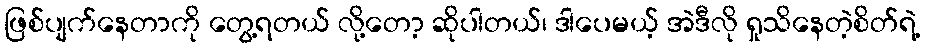
ဖြစ်ပျက်နေတာကို တွေ့ရတယ် လို့တော့ ဆိုပါတယ်၊ ဒါပေမယ့် အဲဒီလို ရှုသိနေတဲ့စိတ်ရဲ့